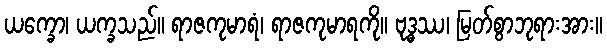
ယက္ခော၊ ယက္ခသည်။ ရာဇကုမာရံ၊ ရာဇကုမာရကို။ ဗုဒ္ဓဿ၊ မြတ်စွာဘုရားအား။